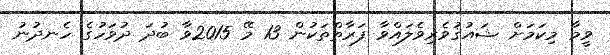
ވީމާ މިކަމަށް ޝައުޤުވެރިވެލައްވާ ފަރާތްތަކުން 13 މޭ 2015ވާ ބުދަ ދުވަހުގެ ހެނދުނު